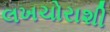
લખચોરાશી